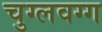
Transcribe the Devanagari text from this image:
चुग्लवग्ग